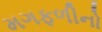
મગફળીનો